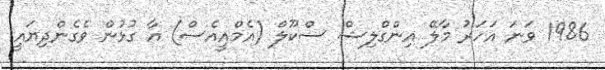
1986 ވަނަ އަހަރު މާލޭ އިންގްލިޝް ސްކޫލް (އެމްއީއެސް) އާ ގުޅުން ވެގެންދިޔައީ